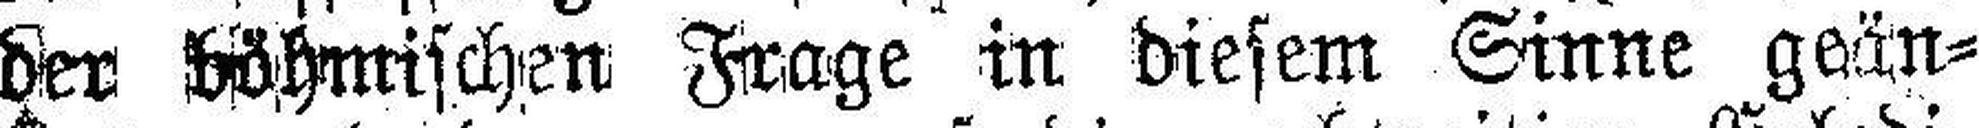
der böhmischen Frage in diesem Sinne geän¬